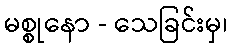
မစ္စုနော - သေခြင်းမှ၊